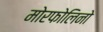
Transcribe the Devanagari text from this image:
मोरफोलिनो